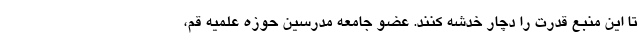
تا این منبع قدرت را دچار خدشه کنند. عضو جامعه مدرسین حوزه علمیه قم،